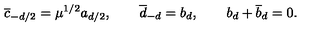
{ \overline { c } } _ { - d / 2 } = \mu ^ { 1 / 2 } a _ { d / 2 } , \qquad { \overline { d } } _ { - d } = b _ { d } , \qquad b _ { d } + { \overline { b } _ { d } } = 0 .